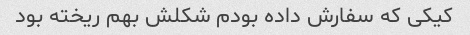
کیکى که سفارش داده بودم شکلش بهم ریخته بود